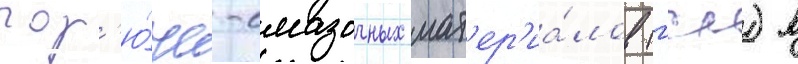
гор'ю́че-смазочных мат'ер'иа́лов (гсм) в